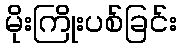
မိုးကြိုးပစ်ခြင်း